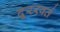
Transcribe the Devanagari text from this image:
दूररवर्त